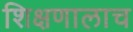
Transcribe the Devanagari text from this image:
शिक्षणालाच